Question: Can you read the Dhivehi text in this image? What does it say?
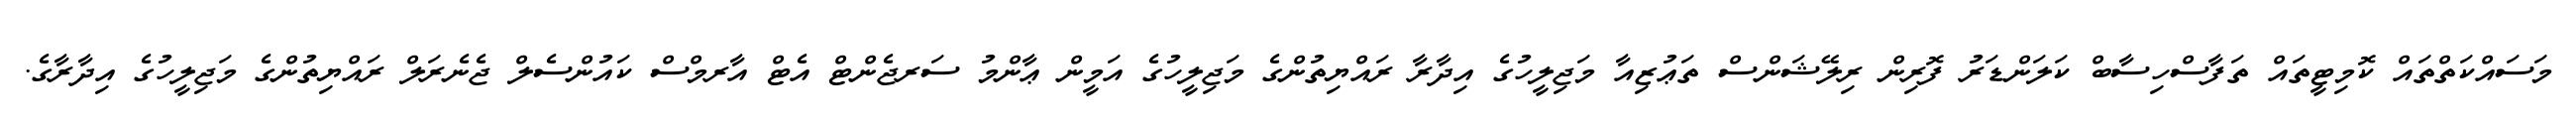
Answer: މަސައްކަތްތައް ކޮމިޓީތައް ތަފާސްހިސާބް ކަލަންޑަރު ފޮރިން ރިލޭޝަންސް ތަޢުޒިއާ މަޖިލީހުގެ އިދާރާ ރައްޔިތުންގެ މަޖިލީހުގެ އަމީން ޢާންމު ސަރޖެންޓް އެޓް އާރމްސް ކައުންސެލް ޖެނެރަލް ރައްޔިތުންގެ މަޖިލީހުގެ އިދާރާގެ.